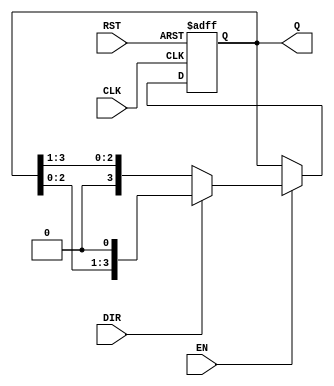
module Async_Shift_Counter #(
    parameter N = 4 // Number of bits in the counter
)(
    input wire CLK,       // Clock signal
    input wire RST,       // Asynchronous reset
    input wire DIR,       // Shift direction (0 for left, 1 for right)
    input wire EN,        // Enable signal
    output reg [N-1:0] Q // Counter output
);

// Asynchronous reset logic
always @(posedge CLK or posedge RST) begin
    if (RST) begin
        Q <= {N{1'b0}}; // Reset the counter to 0
    end else if (EN) begin
        if (DIR) begin
            // Right shift
            Q <= {Q[N-2:0], 1'b0}; // Shift right and insert 0 at MSB
        end else begin
            // Left shift
            Q <= {1'b0, Q[N-1:1]}; // Shift left and insert 0 at LSB
        end
    end
end

endmodule